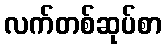
လက်တစ်ဆုပ်စာ